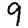
Digit: 9